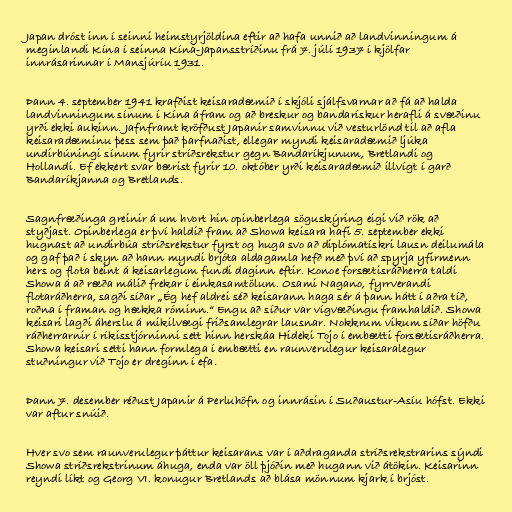
Japan dróst inn í seinni heimstyrjöldina eftir að hafa unnið að landvinningum á
meginlandi Kína í seinna Kína-Japansstríðinu frá 7. júlí 1937 í kjölfar
innrásarinnar í Mansjúríu 1931.

Þann 4. september 1941 krafðist keisaradæmið í skjóli sjálfsvarnar að fá að halda
landvinningum sínum í Kína áfram og að breskur og bandarískur herafli á svæðinu
yrði ekki aukinn. Jafnframt kröfðust Japanir samvinnu við vesturlönd til að afla
keisaradæminu þess sem það þarfnaðist, ellegar myndi keisaradæmið ljúka
undirbúningi sínum fyrir stríðsrekstur gegn Bandaríkjunum, Bretlandi og
Hollandi. Ef ekkert svar bærist fyrir 10. október yrði keisaradæmið illvígt í garð
Bandaríkjanna og Bretlands.

Sagnfræðinga greinir á um hvort hin opinberlega söguskýring eigi við rök að
styðjast. Opinberlega er því haldið fram að Showa keisara hafi 5. september ekki
hugnast að undirbúa stríðsrekstur fyrst og huga svo að diplómatískri lausn deilumála
og gaf það í skyn að hann myndi brjóta aldagamla hefð með því að spyrja yfirmenn
hers og flota beint á keisarlegum fundi daginn eftir. Konoe forsætisráðherra taldi
Showa á að ræða málið frekar í einkasamtölum. Osami Nagano, fyrrverandi
flotaráðherra, sagði síðar „Ég hef aldrei séð keisarann haga sér á þann hátt í aðra tíð,
roðna í framan og hækka róminn.“ Engu að síður var vígvæðingu framhaldið. Showa
keisari lagði áherslu á mikilvægi friðsamlegrar lausnar. Nokkrum vikum síðar höfðu
ráðherrarnir í ríkisstjórninni sett hinn herskáa Hideki Tojo í embætti forsætisráðherra.
Showa keisari setti hann formlega í embætti en raunverulegur keisaralegur
stuðningur við Tojo er dreginn í efa.

Þann 7. desember réðust Japanir á Perluhöfn og innrásin í Suðaustur-Asíu hófst. Ekki
var aftur snúið.

Hver svo sem raunverulegur þáttur keisarans var í aðdraganda stríðsrekstrarins sýndi
Showa stríðsrekstrinum áhuga, enda var öll þjóðin með hugann við átökin. Keisarinn
reyndi líkt og Georg VI. konugur Bretlands að blása mönnum kjark í brjóst.